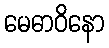
မေဓာဝိနော